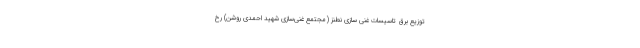
توزیع برق تاسیسات غنی سازی نطنز (مجتمع غنی‌سازی شهید احمدی روشن) رخ